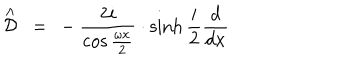
\stackrel { \wedge } { \cal D } \ = \ - \frac { 2 i } { \cos \frac { \omega x } 2 } \cdot \sinh { } \frac i 2 \frac d { d x }